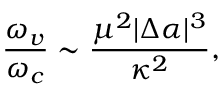
\frac { \omega _ { v } } { \omega _ { c } } \sim \frac { \mu ^ { 2 } | \Delta \alpha | ^ { 3 } } { \kappa ^ { 2 } } ,